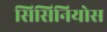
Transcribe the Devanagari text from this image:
सिसिनियोस